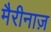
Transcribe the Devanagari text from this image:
मैरीनाज़